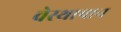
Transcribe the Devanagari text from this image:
वेस्थापान